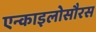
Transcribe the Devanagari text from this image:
एन्काइलोसौरस